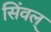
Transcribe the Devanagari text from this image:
सिंवल्